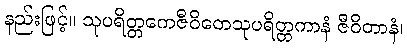
နည်းဖြင့်။ သုပရိတ္တကေဇီဝိတေသုပရိတ္တကာနံ ဇီဝိတာနံ၊